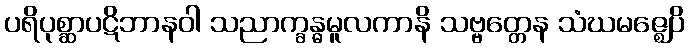
ပရိပုစ္ဆာပဋိဘာနဝါ သညာက္ခန္ဓမူလကာနိ သဗ္ဗတ္တေန သံဃမဇ္ဈေပိ